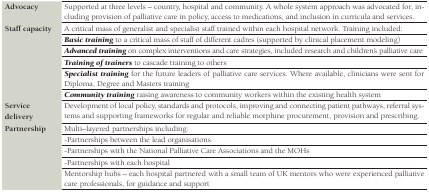
<table><thead><tr><td><b>Advocacy</b></td><td><b>Supported at three levels – country, hospital and community. A whole system approach was advocated for, including provision of palliative care in policy, access to medications, and inclusion in curricula and services.</b></td></tr></thead><tbody><tr><td rowspan="6"><b>Staff capacity</b></td><td>A critical mass of generalist and specialist staff trained within each hospital network. Training included:</td></tr><tr><td><b><i>Basic training</i></b> to a critical mass of staff of different cadres (supported by clinical placement modeling)</td></tr><tr><td><b><i>Advanced training</i></b> on complex interventions and care strategies, included research and children’s palliative care</td></tr><tr><td><b><i>Training of trainers</i></b> to cascade training to others</td></tr><tr><td><b><i>Specialist training</i></b> for the future leaders of palliative care services. Where available, clinicians were sent for Diploma, Degree and Masters training</td></tr><tr><td><b><i>Community training</i></b> raising awareness to community workers within the existing health system</td></tr><tr><td><b>Service delivery</b></td><td>Development of local policy, standards and protocols, improving and connecting patient pathways, referral systems and supporting frameworks for regular and reliable morphine procurement, provision and prescribing.</td></tr><tr><td rowspan="5"><b>Partnership</b></td><td>Multi–layered partnerships including:</td></tr><tr><td>-Partnerships between the lead organisations</td></tr><tr><td>-Partnerships with the National Palliative Care Associations and the MOHs</td></tr><tr><td>-Partnerships with each hospital</td></tr><tr><td>Mentorship hubs – each hospital partnered with a small team of UK mentors who were experienced palliative care professionals, for guidance and support</td></tr></tbody></table>